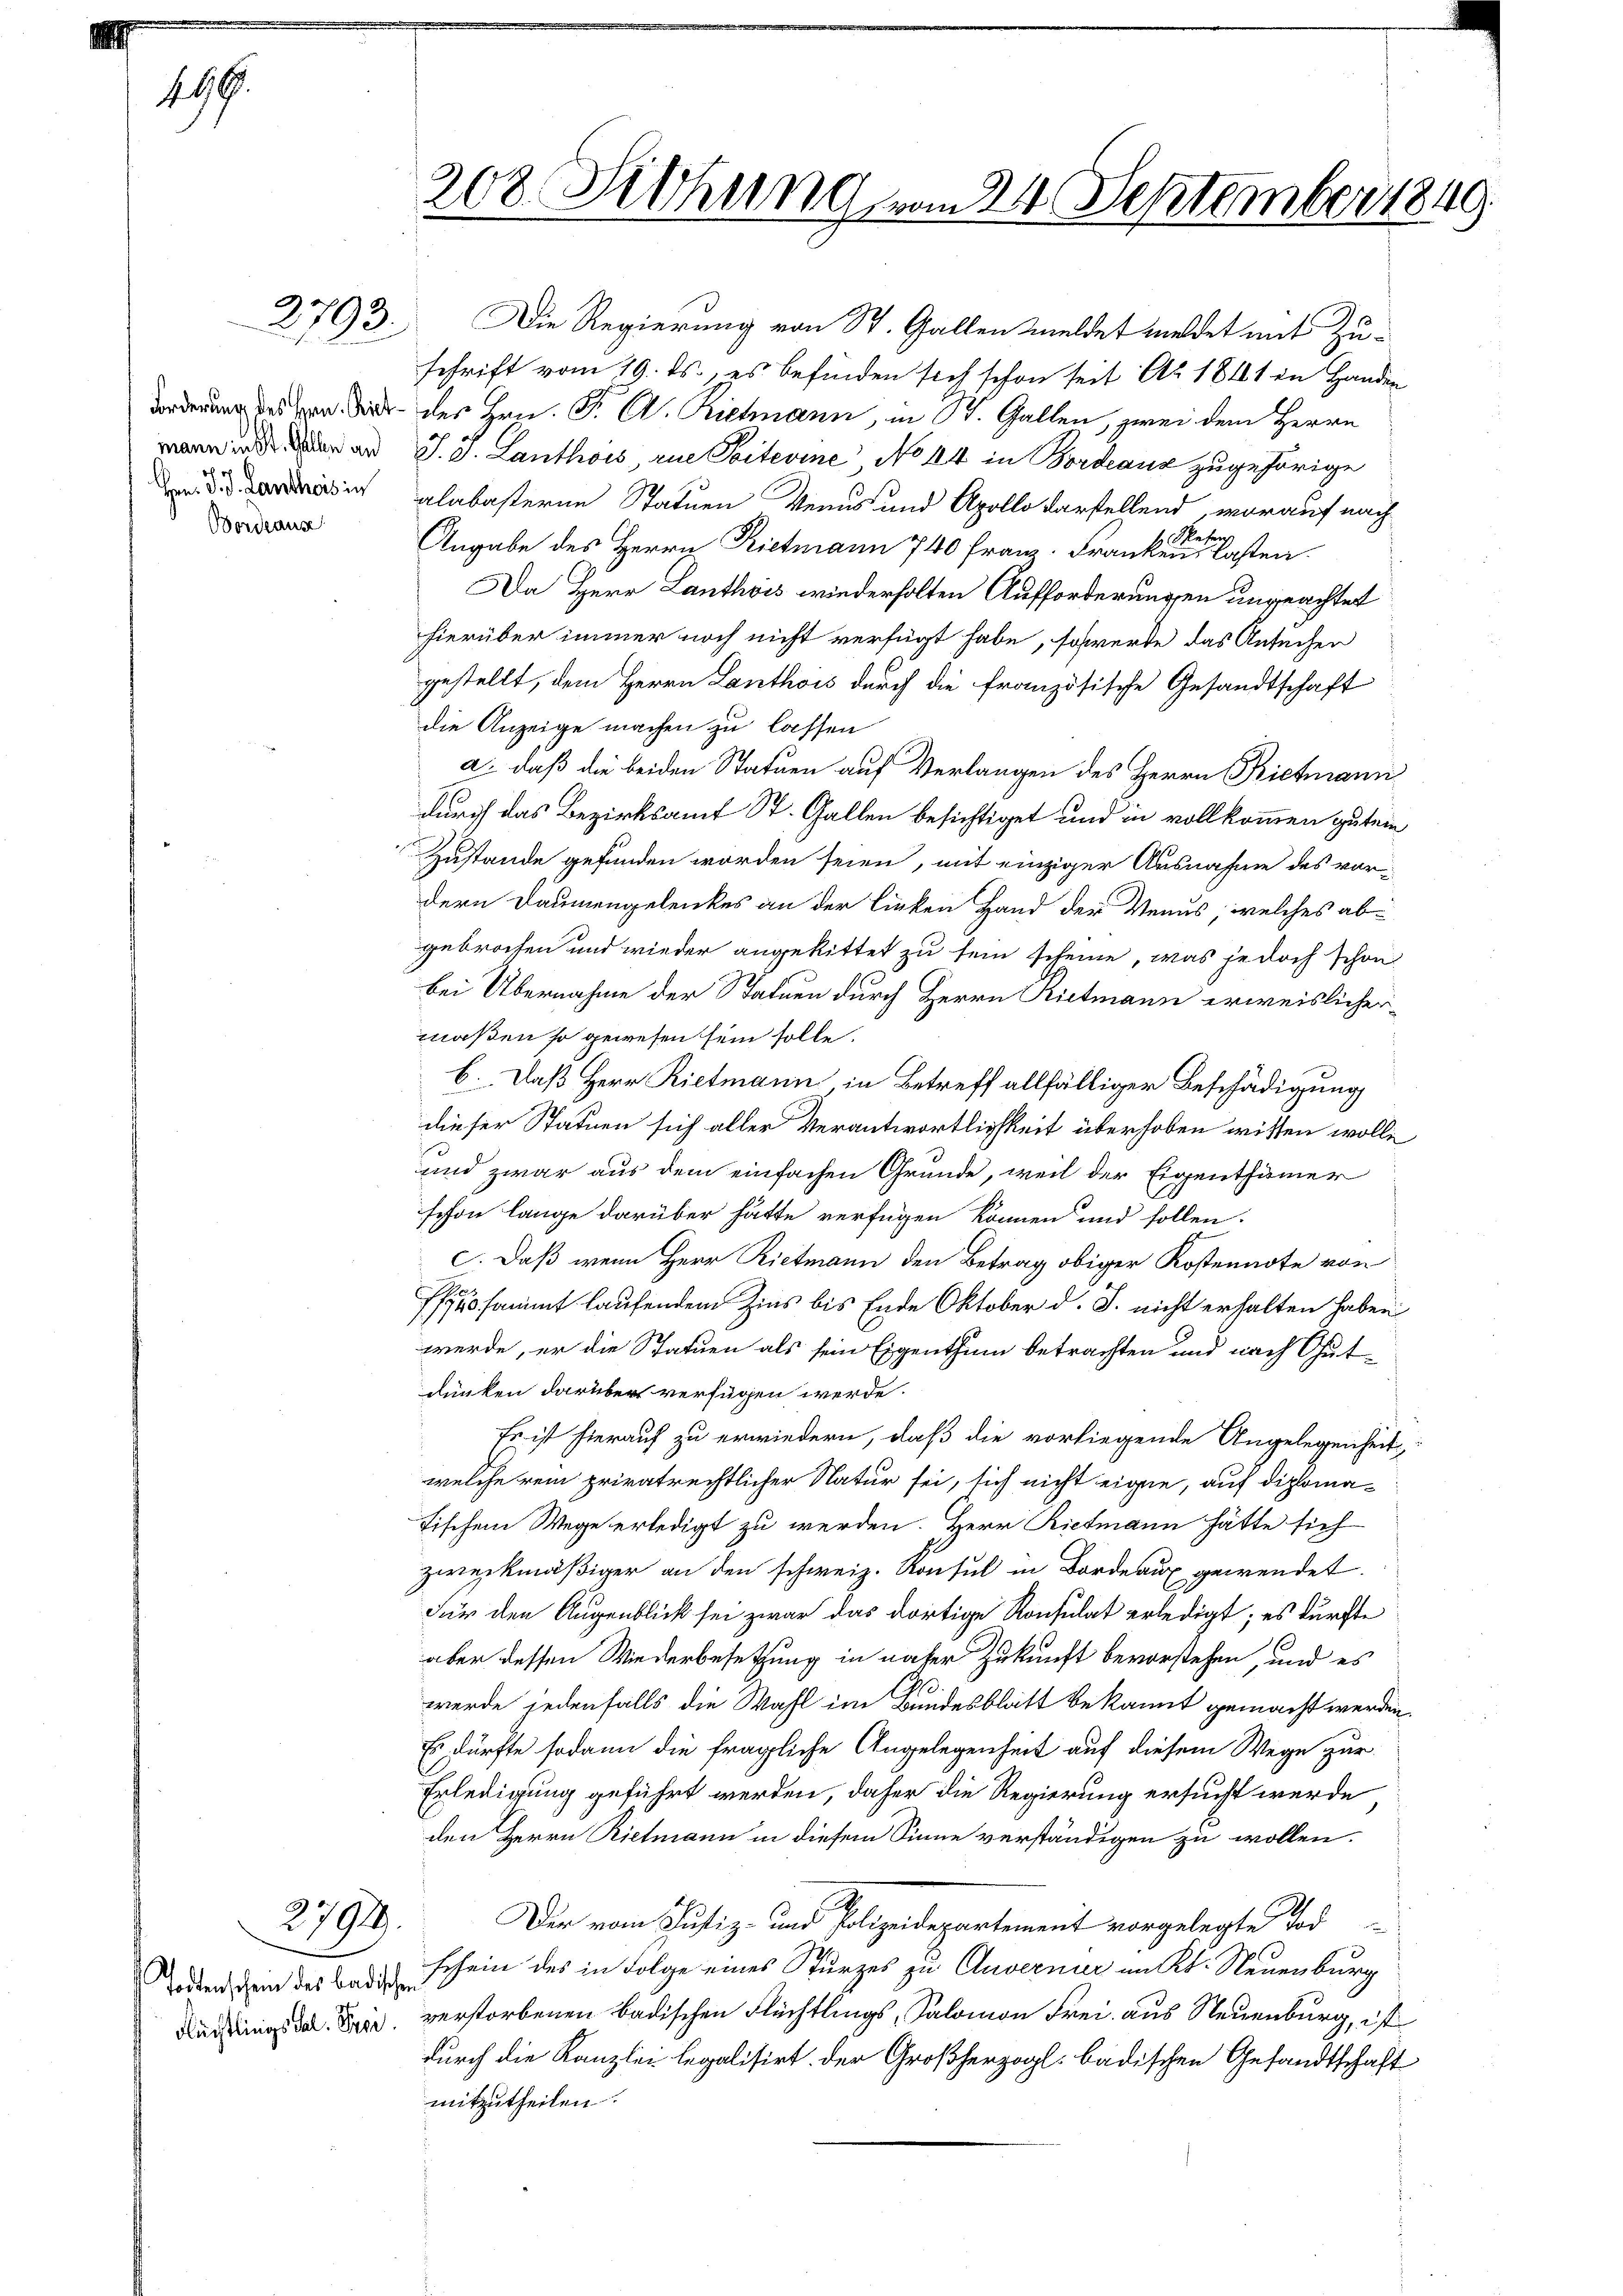
199.

2793.

Hrn. J. J. Lantheis in
Bordeause

2791.

208. Diehung vom 24. September 1849.

den Hrn. P. C. Riemann, in St. Gallen, zwei dem Herrn
en an J. J. Lanthois, eue Seiterine No 44 in Bordeaus zugehörige
alabasterne Statuen Verus und Apollo darstellend, worauf nach
Wesen
b
Angabe des Herrn Rietmann 740 Franz. Franken lasten.
Da Herr Lanthois wiederholten Aufforderungen ungeachtet
hierüber immer noch nicht verfügt habe, schwerde das Ansucher
gestellt, dem Herrn Lanthois durch die französische Gesandtschaft
die Anzeige machen zu lassen
a. daß die beiden Statuen auf Verlangen des Herrn Bietmann
durch das Bezirksamt St. Gallen besichtiget und in vollkommen gutem
Zustande gefunden worden seien, mit einziger Ausnahme des vordern Daumengelenkes an der linken Hand der Venus, welches abgebrochen und wieder angekittet zu sein scheine, was jedoch schon
bei Übernahme der Statuen durch Herrn Rietmann erweislichermaßen so gewesen sein solle.
. Daß Herr Rietmann in Betreff allfälliger Beschädigung
dieser Statuen sich aller Verantwortlichkeit überhoben wissen wolle
10
und zwar aus dem einfachen Grunde, weil der Eigenthümer
schon lange darüber hätte verfügen können und sollen.
c. Daß wenn Herr Rietmann den Betrag obiger Kostennote von
740. sammt laufendem Zins bis Ende Oktober d. J. nicht erhalten haben
werde, er die Statuen als sein Eigenthum betrachten und nach Gutdunken darüber verfügen werde.
Es ist hierauf zu erwiedern, daß die vorliegende Angelegenheit
welche rein privatrechtlicher Natur sei, sich nicht eige, auf diplomafischem Wege erledigt zu werden. Herr Rietmann hätte sich
zweckmäßiger an den schweiz. Konsul in Fordeaux gewendet.
Für den Augenblick sei zwar das dortige Konsulat erledigt; es dürfte
aber dessen Wiederbesetzung in naher Zukunft bevorstehen, und es
werde jedenfalls die Wahl im Bundesblatt bekannt gemacht werden.
Es dürfte sodann die fragliche Angelegenheit auf diesem Wege zur
Erledigung geführt werden, daher die Regierung ersucht werde
den Herrn Rietmann in diesem Sinne verständigen zu wollen.
Der vom Justiz- und Polizeidepartement vorgelegte Tod
oden den das ich schein des in Folge eines Sturzes zu Cluverner im Kt. Neuenburg
Nachlings da. Bei verstorbenen badischen Flüchtlings, Salomon Frei aus Neuenburg, ist
durch die Kanzlei legalisirt. Der Großherzogl. badischen Gesandtschaft
mitzutheilen.

Die Regierung von St. Gallen meldet meldet mit Zuschrift vom 19. ds., es befinden sich schon seit Ao 1811 in Handen